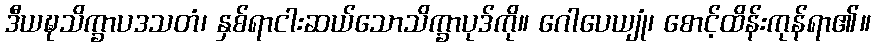
ဒီယဍ္ဎသိက္ခာပဒသတံ၊ နှစ်ရာငါးဆယ်သောသိက္ခာပုဒ်ကို။ ဂေါပေယျုံ၊ စောင့်ထိန်းကုန်ရာ၏။